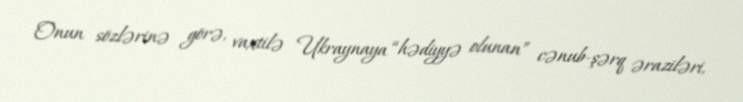
Onun sözlərinə görə, vaxtilə Ukraynaya “hədiyyə olunan” cənub-şərq əraziləri,